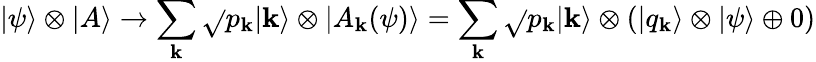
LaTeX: |\psi\rangle\otimes|A\rangle\rightarrow\sum_{\mathbf{k}}{\sqrt{}{{p_{\mathbf{k}}}}}|\mathbf{k}\rangle\otimes|A_{\mathbf{k}}(\psi)\rangle=\sum_{\mathbf{k}}{\sqrt{}{{p_{\mathbf{k}}}}}|\mathbf{k}\rangle\otimes(|q_{\mathbf{k}}\rangle\otimes|\psi\rangle\oplus0)